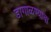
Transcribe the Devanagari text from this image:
डागाळण्याचा